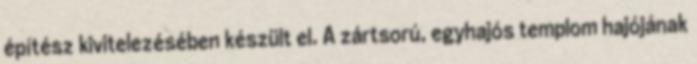
építész kivitelezésében készült el. A zártsorú, egyhajós templom hajójának